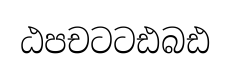
ඨපචටටඪබඪ